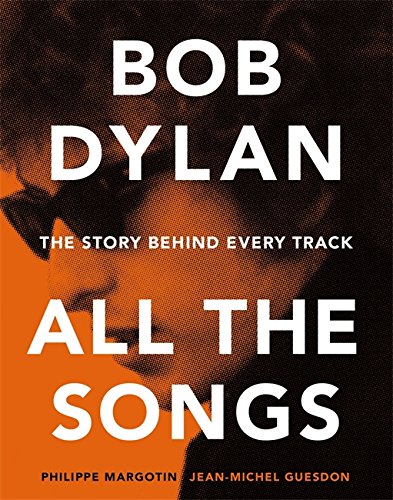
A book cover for Bob Dylan All the Songs: The Story Behind Every Track; Philippe Margotin; Humor & Entertainment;